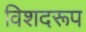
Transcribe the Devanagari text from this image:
विशदरूप